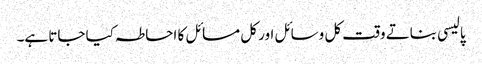
پالیسی بناتے وقت کل وسائل اور کل مسائل کا احاطہ کیا جاتا ہے۔